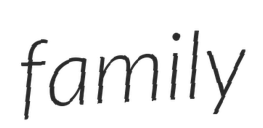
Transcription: family